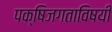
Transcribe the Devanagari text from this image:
पक्षिजगताविषयी